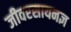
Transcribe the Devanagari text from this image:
जीवरसायनज्ञ